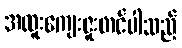
အထူးကျေးဇူးတင်ပါသည်